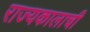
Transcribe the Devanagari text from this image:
राज्यकालाची